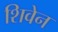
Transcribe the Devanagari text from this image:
शिवेन